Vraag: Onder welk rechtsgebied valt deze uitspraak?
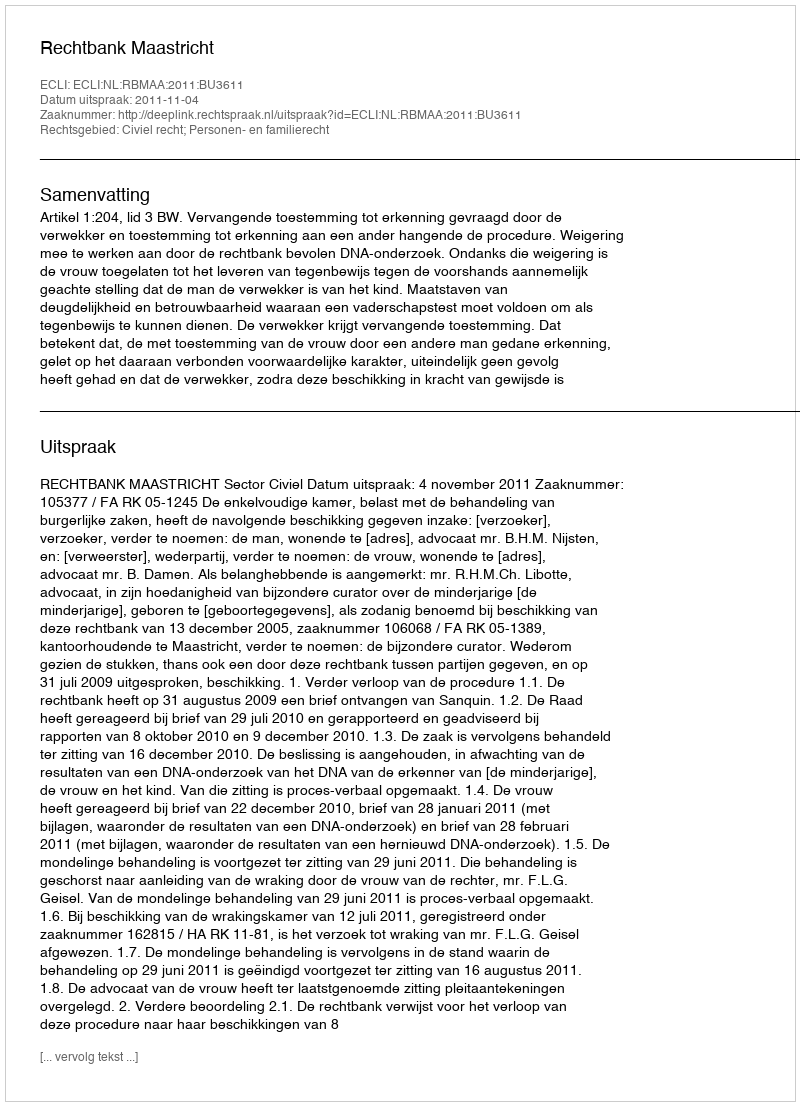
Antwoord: Civiel recht; Personen- en familierecht